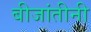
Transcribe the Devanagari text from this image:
बीजांतीनी